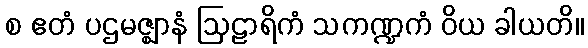
စ ဧတံ ပဌမဇ္ဈာနံ ဩဠာရိကံ သကဏ္ဍကံ ဝိယ ခါယတိ။